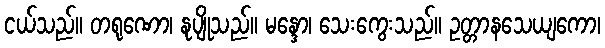
ငယ်သည်။ တရုဏော၊ နုပျိုသည်။ မန္ဒော၊ သေးကွေးသည်။ ဥတ္တာနသေယျကော၊